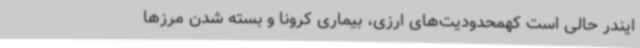
ایندر حالی است کهمحدودیت‌های ارزی، بیماری کرونا و بسته شدن مرزها